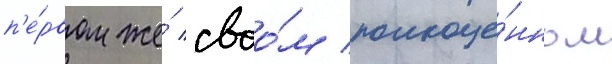
п'е́рвом же́ своо́м полноце́нном